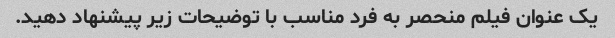
یک عنوان فیلم منحصر به فرد مناسب با توضیحات زیر پیشنهاد دهید.